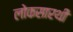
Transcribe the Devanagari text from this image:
लोकसारथी